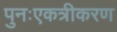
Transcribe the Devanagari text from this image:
पुनःएकत्रीकरण